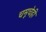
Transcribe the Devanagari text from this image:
चमूचेही